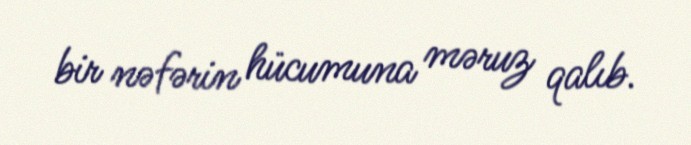
bir nəfərin hücumuna məruz qalıb.